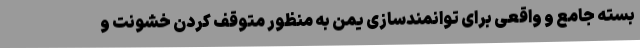
بسته جامع و واقعی برای توانمندسازی یمن به منظور متوقف کردن خشونت و